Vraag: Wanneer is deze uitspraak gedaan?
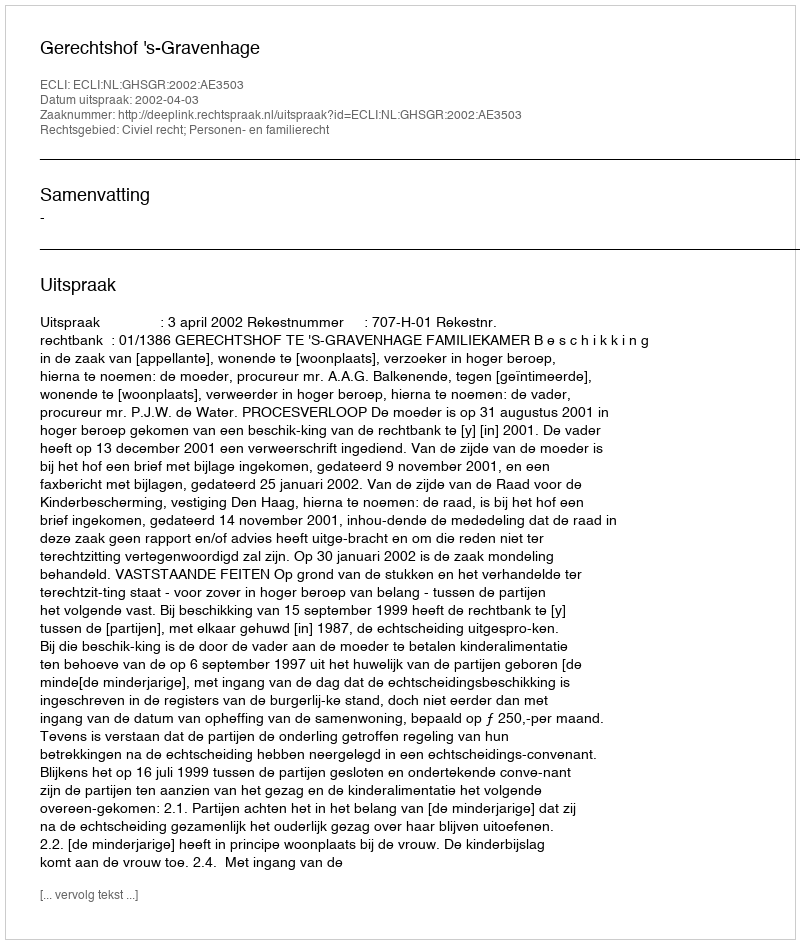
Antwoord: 2002-04-03